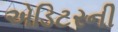
એડિટરની